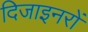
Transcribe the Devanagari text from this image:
दिजाइनरों